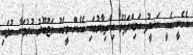
އެހެނީ އެއީ ނަޝީދު އަމިއްލަފުޅު އިޚްތިޔާރުގައި އެހެން މީހަކު މަޖުބޫރު ކުރުމަކާ ނުލައި